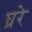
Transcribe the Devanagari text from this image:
घ्ररे